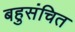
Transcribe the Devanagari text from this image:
बहुसंचित